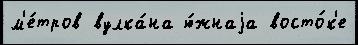
м'е́тров вулка́на ю́жнаjа восто́к'е